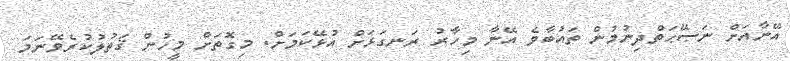
އޭނާއަށް ނަޞޭޙަތްދިނުމުން ތައުބާވެ އޭނާ މިހާރު ރަނގަޅަށް އުޅޭކަމަށް. މިގޮތަށް މީހުން ޤަތުލުކުރެވޭނަމަ